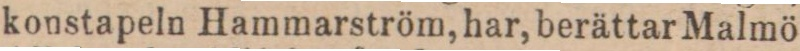
konstapeln Hammarström, har, berättar Malmö